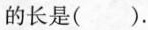
的长是( ).